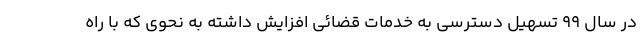
در سال 99 تسهیل دسترسی به خدمات قضائی افزایش داشته به نحوی که با راه